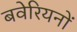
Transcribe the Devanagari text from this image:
बवेरियनों